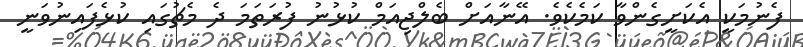
ފެނުމަކީ އެކަށީގެންވާ ކަމެކެވެ. އޭނާއަށް ބެލްޖިއަމް ކުޅުނު ފުރަތަމަ ދެ މެޗުގައި ކުޅެފައިނުވަނީ